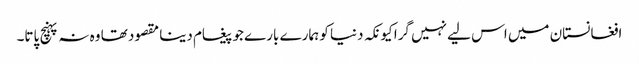
افغانستان میں اس لیے نہیں گرا کیونکہ دنیا کو ہمارے بارے جو پیغام دینا مقصود تھا وہ نہ پہنچ پاتا۔